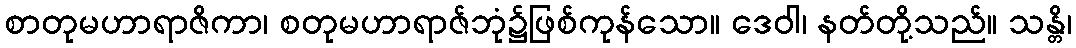
စာတုမဟာရာဇိကာ၊ စတုမဟာရာဇ်ဘုံ၌ဖြစ်ကုန်သော။ ဒေဝါ၊ နတ်တို့သည်။ သန္တိ၊